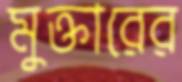
মুক্তারের